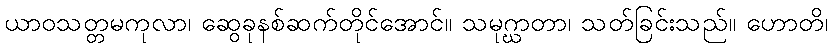
ယာဝသတ္တမကုလာ၊ ဆွေခုနစ်ဆက်တိုင်အောင်။ သမုဂ္ဃာတာ၊ သတ်ခြင်းသည်။ ဟောတိ၊